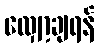
လျှော့ချရန်